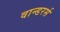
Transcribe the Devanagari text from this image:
वान्डरर्स